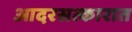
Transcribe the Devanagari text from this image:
आदरसत्कारात